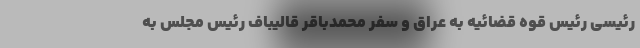
رئیسی رئیس قوه قضائیه به عراق و سفر محمدباقر قالیباف رئیس مجلس به